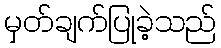
မှတ်ချက်ပြုခဲ့သည်